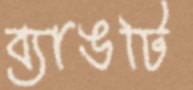
ব্যাঙটি